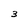
Character: 3